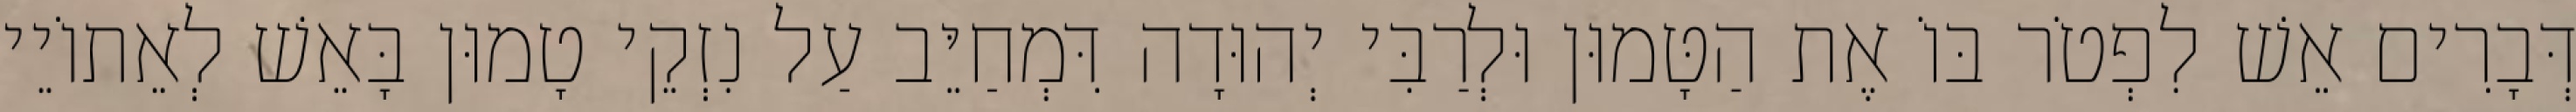
דְּבָרִים אֵשׁ לִפְטֹר בּוֹ אֶת הַטָּמוּן וּלְרַבִּי יְהוּדָה דִּמְחַיֵּב עַל נִזְקֵי טָמוּן בָּאֵשׁ לְאֵתוֹיֵי